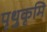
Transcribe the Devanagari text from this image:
पृथुकृमि